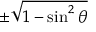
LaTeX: \pm { \sqrt { 1 - \sin ^ { 2 } \theta } }